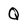
Character: Q